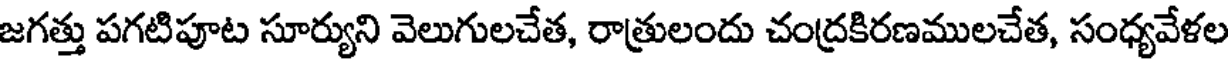
జగత్తు పగటిపూట సూర్యుని వెలుగులచేత, రాత్రులందు చంద్రకిరణములచేత, సంధ్యవేళల